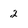
Character: 2